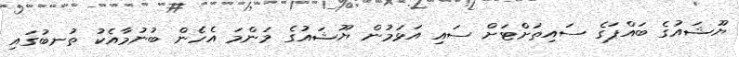
ޔޫޝައުގެ ބައްޕަގެ ސައިތަށްޓަށް ސައި އަޅަމުން ޔޫޝައުގެ މަންމަ އެހެން ބުނުމާއެކު ތުނބުގައި